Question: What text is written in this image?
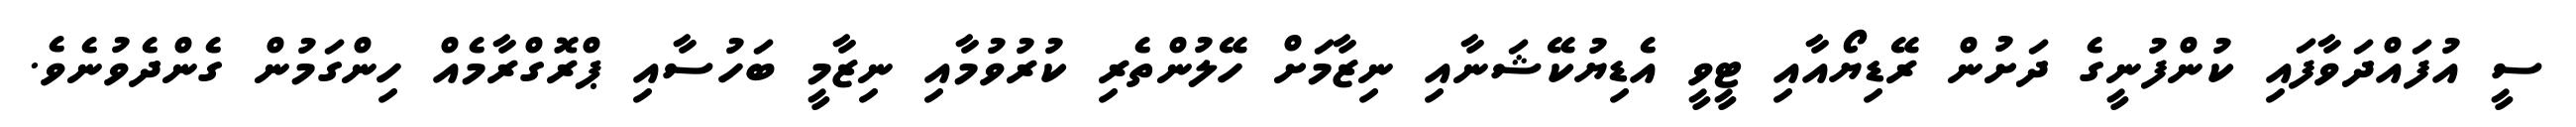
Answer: ސީ އުފައްދަވާފައި ކުންފުނީގެ ދަށުން ރޭޑިޔޯއާއި ޓީވީ އެޑިޔުކޭޝަނާއި ނިޒާމަށް ހޭލުންތެރި ކުރުވުމާއި ނިޒާމީ ބަހުސާއި ޕްރޮގްރާމެއް ހިންގަމުން ގެންދެވުނެވެ.